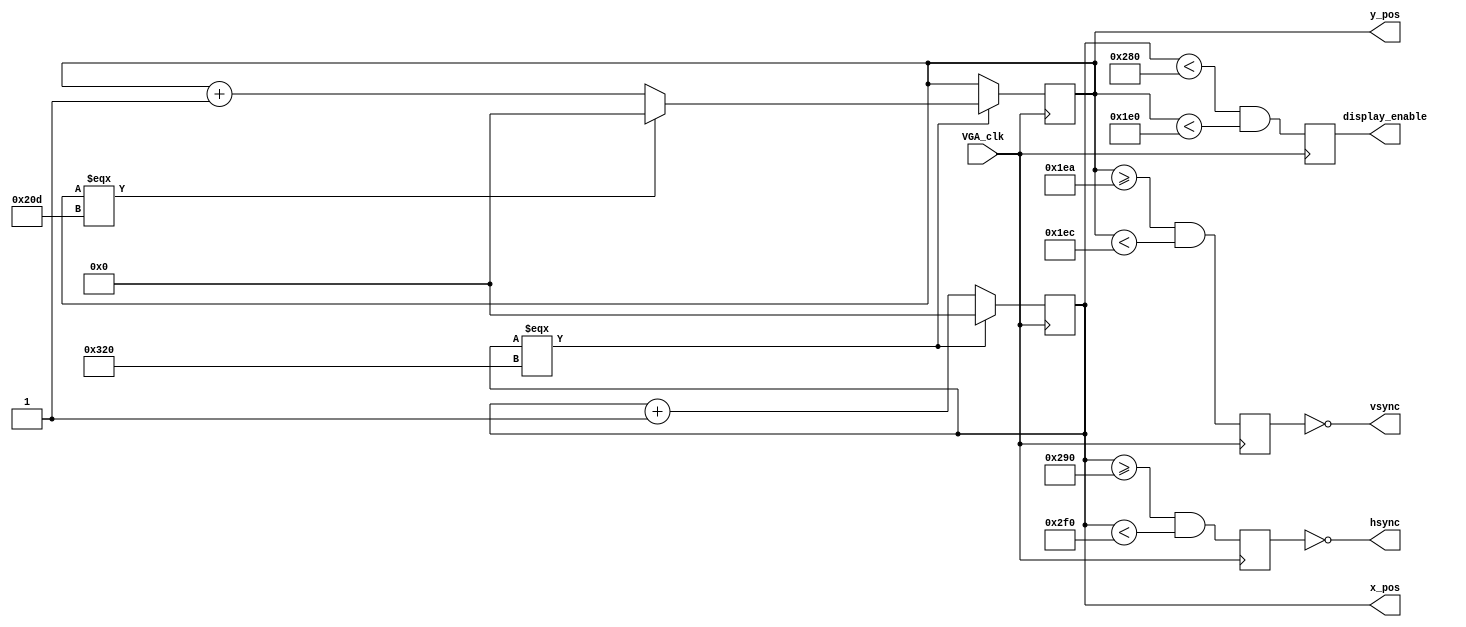
module VGA_sync(input VGA_clk,
					 output reg [9:0] x_pos, y_pos,
					 output reg display_enable,
					 output hsync, vsync);

	reg hsync_reg, vsync_reg; 
	
	integer porchHF = 640;
	integer syncH = 656;
	integer porchHB = 752;
	integer maxH = 800;

	integer porchVF = 480;
	integer syncV = 490;
	integer porchVB = 492;
	integer maxV = 525; 

	always@(posedge VGA_clk)
	begin
		if(x_pos === maxH)
			x_pos <= 0;
		else
			x_pos <= x_pos + 1;
	end

	always@(posedge VGA_clk)
	begin
		if(x_pos === maxH)
		begin
			if(y_pos === maxV)
				y_pos <= 0;
			else
			y_pos <= y_pos + 1;
		end
	end
	
	always@(posedge VGA_clk)
	begin
		display_enable <= ((x_pos < porchHF) && (y_pos < porchVF)); 
	end

	always@(posedge VGA_clk)
	begin
		hsync_reg <= ((x_pos >= syncH) && (x_pos < porchHB)); 
		vsync_reg <= ((y_pos >= syncV) && (y_pos < porchVB)); 
	end
 
	assign vsync = ~vsync_reg; 
	assign hsync= ~hsync_reg;

endmodule